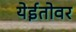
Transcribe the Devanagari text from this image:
येईतोवर